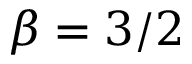
\beta = 3 / 2